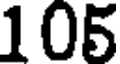
105